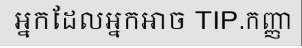
អ្នកដែលអ្នកអាច TIP.កញ្ញា